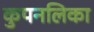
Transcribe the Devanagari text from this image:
कुपनलिका